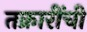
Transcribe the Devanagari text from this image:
तक्रारींची